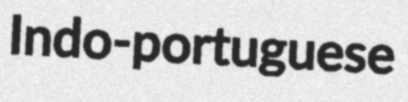
Indo-portuguese